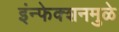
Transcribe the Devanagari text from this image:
इंन्फेक्शनमुळे